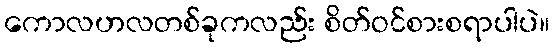
ကောလဟလတစ်ခုကလည်း စိတ်ဝင်စားစရာပါပဲ။